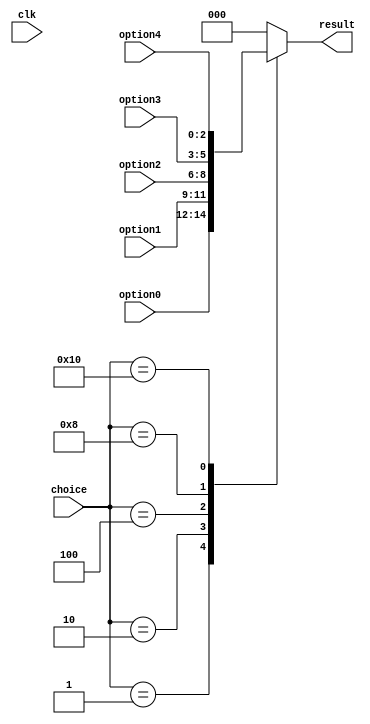
`timescale 1ns / 1ps
//////////////////////////////////////////////////////////////////////////////////
// Company: 
// Engineer: 
// 
// Design Name: 
// Module Name: selector_81
// Project Name: 
// Target Devices: 
// Tool Versions: 
// Description: 
// 
// Dependencies: 
// 
// Revision:
// Revision 0.01 - File Created
// Additional Comments:
// 
//////////////////////////////////////////////////////////////////////////////////


module selector_51(
    input clk,
    input [2:0] option0,
    input [2:0] option1,
    input [2:0] option2,
    input [2:0] option3,
    input [2:0] option4,
    input [4:0] choice,
    output reg [2:0] result
    );
    
    always @ (*)
    begin
    case (choice)
        5'b00001:
            result <= option0;
        5'b00010:
            result <= option1;
        5'b00100:
            result <= option2;
        5'b01000:
            result <= option3;
        5'b10000:
            result <= option4;
        default: result <= 3'b000;
   endcase
   end
endmodule